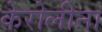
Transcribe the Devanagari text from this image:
केरोलीना